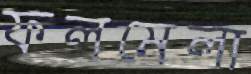
ফলমেলা